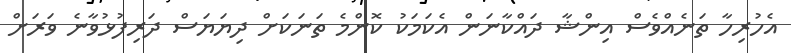
އެހުރިހާ ތަނެއްވެސް އިންޝާ ދައްކާނަން އެކަމަކު ކޮންމެ ތަނަކަށް ދިޔަޔަސް ދަރިފުޅުވާނެ ވަރަށް